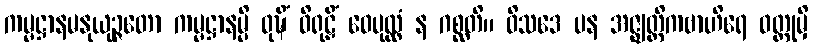
ကမ္မဋ္ဌာနမနုယုဉ္ဇတော ကမ္မဋ္ဌာနမ္ပိ ဝုဍ္ဎိံ ဝိရုဠှိံ ဝေပုလ္လံ န ဂစ္ဆတိ။ ဝိသဒေ ပန အဇ္ဈတ္တိကဗာဟိရေ ဝတ္ထုမှိ